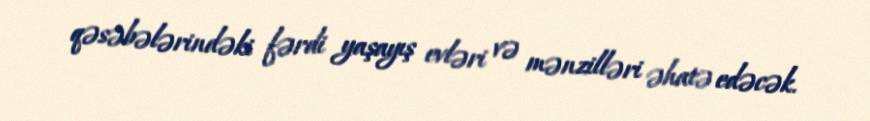
qəsəbələrindəki fərdi yaşayış evləri və mənzilləri əhatə edəcək.